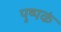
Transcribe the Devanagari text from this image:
पुष्‍पकं